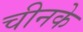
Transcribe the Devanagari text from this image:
चीनके